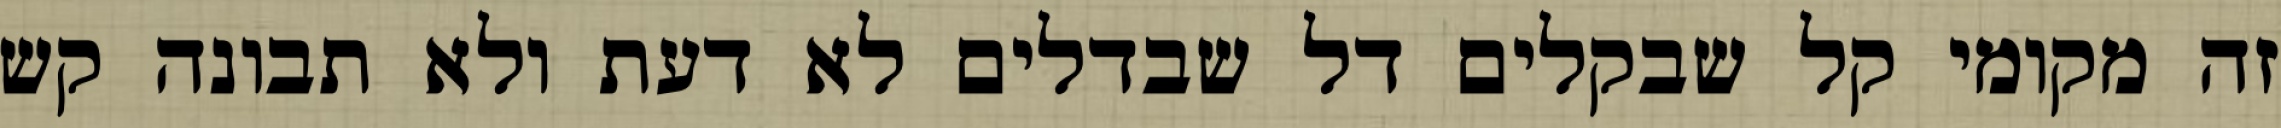
זה מקומי קל שבקלים דל שבדלים לא דעת ולא תבונה קש